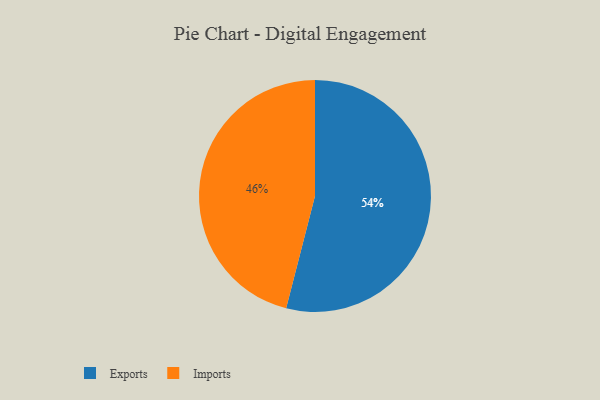
{"axis": {"x": "Category", "y": "Percentage"}, "legend": ["Exports", "Imports"], "data": [{"x": "Imports", "y": 46, "type": "Imports"}, {"x": "Exports", "y": 54, "type": "Exports"}]}